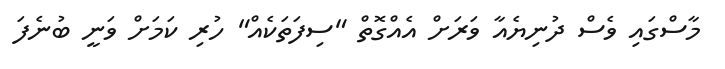
މާސްގައި ވެސް ދުނިޔެއާ ވަރަށް އެއްގޮތް "ސިފަތަކެއް" ހުރި ކަމަށް ވަނީ ބުނެފަ